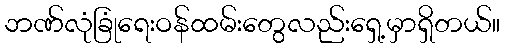
ဘဏ်လုံခြုံရေးဝန်ထမ်းတွေလည်းရှေ့မှာရှိတယ်။